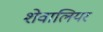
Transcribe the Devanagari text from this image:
शेवालियर